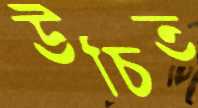
উচিত